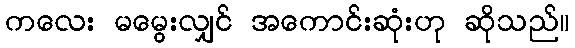
ကလေး မမွေးလျှင် အကောင်းဆုံးဟု ဆိုသည်။